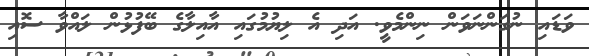
ވަޑައި ނުގަންނަވަން ނިންމެވީ. އަދި އެ ލިޔުމުގައި އާއިލާގެ ބޭފުޅުން ލައްވާ ސޮއި